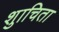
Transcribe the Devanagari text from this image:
शुाचिता